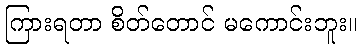
ကြားရတာ စိတ်တောင် မကောင်းဘူး။